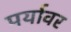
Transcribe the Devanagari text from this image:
पर्यावर